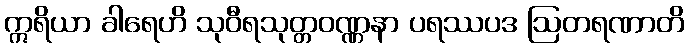
ဣရိယာ ခါရေဟိ သုဝီရသုတ္တဝဏ္ဏနာ ပရဿပဒ ဩတရဏာတိ